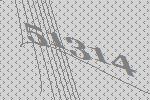
51314